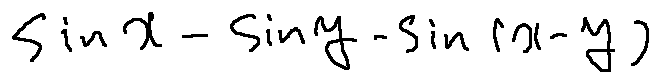
\sin x - \sin y - \sin ( x - y )